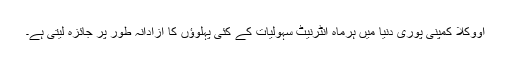
اووکلا کمپنی پوری دنیا میں ہرماہ انٹرنیٹ سہولیات کے کئی پہلوؤں کا آزادانہ طور پر جائزہ لیتی ہے۔